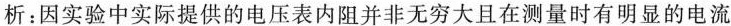
析：因实验中实际提供的电压表内阻并非无穷大且在测量时有明显的电流